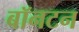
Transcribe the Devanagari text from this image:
बॉनटन